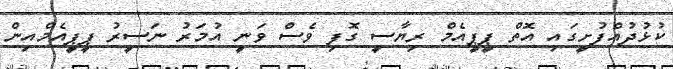
ކުޅުދުއްފުށީގައި އޮތް ޕީޕީއެމް ރިޔާސީ ގޮފި ވެސް ވަނީ އުމަރު ނަސީރު ޕީޕީއެމްއިން